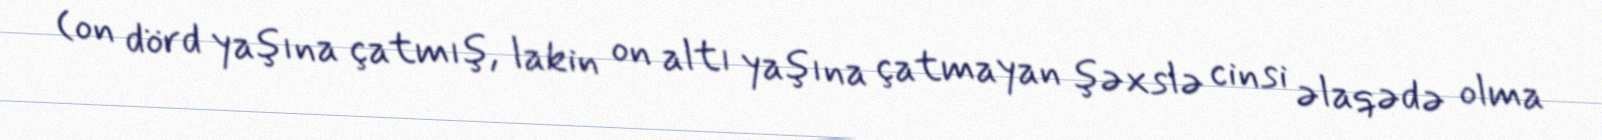
(on dörd yaşına çatmış, lakin on altı yaşına çatmayan şəxslə cinsi əlaqədə olma